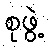
စုဖွဲ့